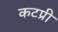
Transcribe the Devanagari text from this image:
कटप्री